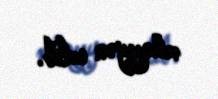
müəyyən edib.